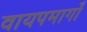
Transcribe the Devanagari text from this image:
वायपमार्गों